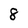
Character: 8